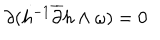
LaTeX: \partial ( h ^ { - 1 } \overline { { { \partial } } } h \wedge \omega ) = 0